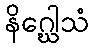
နိဂ္ဃေါသံ